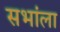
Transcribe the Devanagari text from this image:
सभांला